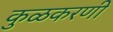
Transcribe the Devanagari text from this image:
कुळकरणी